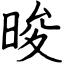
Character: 晙